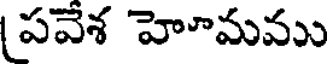
పవేశ హెూమము